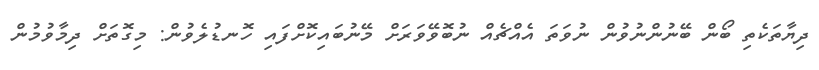
ދިޔާތަކެތި ބޯން ބޭނުންނުވުން ނުވަތަ އެއްޗެއް ނުބޮވޭވަރަށް މޭނުބައިކޮށްފައި ހޮނޑުލެވުން: މިގޮތަށް ދިމާވުމުން